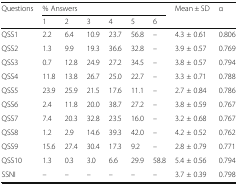
<table><thead><tr><td rowspan="2"><b>Questions</b></td><td colspan="6"><b>% Answers</b></td><td rowspan="2"><b>Mean ± SD</b></td><td rowspan="2"><b>α</b></td></tr><tr><td><b>1</b></td><td><b>2</b></td><td><b>3</b></td><td><b>4</b></td><td><b>5</b></td><td><b>6</b></td></tr></thead><tbody><tr><td>QSS1</td><td>2.2</td><td>6.4</td><td>10.9</td><td>23.7</td><td>56.8</td><td>–</td><td>4.3 ± 0.61</td><td>0.806</td></tr><tr><td>QSS2</td><td>1.3</td><td>9.9</td><td>19.3</td><td>36.6</td><td>32.8</td><td>–</td><td>3.9 ± 0.57</td><td>0.769</td></tr><tr><td>QSS3</td><td>0.7</td><td>12.8</td><td>24.9</td><td>27.2</td><td>34.5</td><td>–</td><td>3.8 ± 0.57</td><td>0.794</td></tr><tr><td>QSS4</td><td>11.8</td><td>13.8</td><td>26.7</td><td>25.0</td><td>22.7</td><td>–</td><td>3.3 ± 0.71</td><td>0.788</td></tr><tr><td>QSS5</td><td>23.9</td><td>25.9</td><td>21.5</td><td>17.6</td><td>11.1</td><td>–</td><td>2.7 ± 0.84</td><td>0.786</td></tr><tr><td>QSS6</td><td>2.4</td><td>11.8</td><td>20.0</td><td>38.7</td><td>27.2</td><td>–</td><td>3.8 ± 0.59</td><td>0.767</td></tr><tr><td>QSS7</td><td>7.4</td><td>20.3</td><td>32.8</td><td>23.5</td><td>16.0</td><td>–</td><td>3.2 ± 0.68</td><td>0.767</td></tr><tr><td>QSS8</td><td>1.2</td><td>2.9</td><td>14.6</td><td>39.3</td><td>42.0</td><td>–</td><td>4.2 ± 0.52</td><td>0.762</td></tr><tr><td>QSS9</td><td>15.6</td><td>27.4</td><td>30.4</td><td>17.3</td><td>9.2</td><td>–</td><td>2.8 ± 0.79</td><td>0.771</td></tr><tr><td>QSS10</td><td>1.3</td><td>0.3</td><td>3.0</td><td>6.6</td><td>29.9</td><td>58.8</td><td>5.4 ± 0.56</td><td>0.794</td></tr><tr><td>SSNI</td><td>–</td><td>–</td><td>–</td><td>–</td><td>–</td><td>–</td><td>3.7 ± 0.39</td><td>0.798</td></tr></tbody></table>